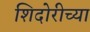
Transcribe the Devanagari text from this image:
शिदोरीच्या